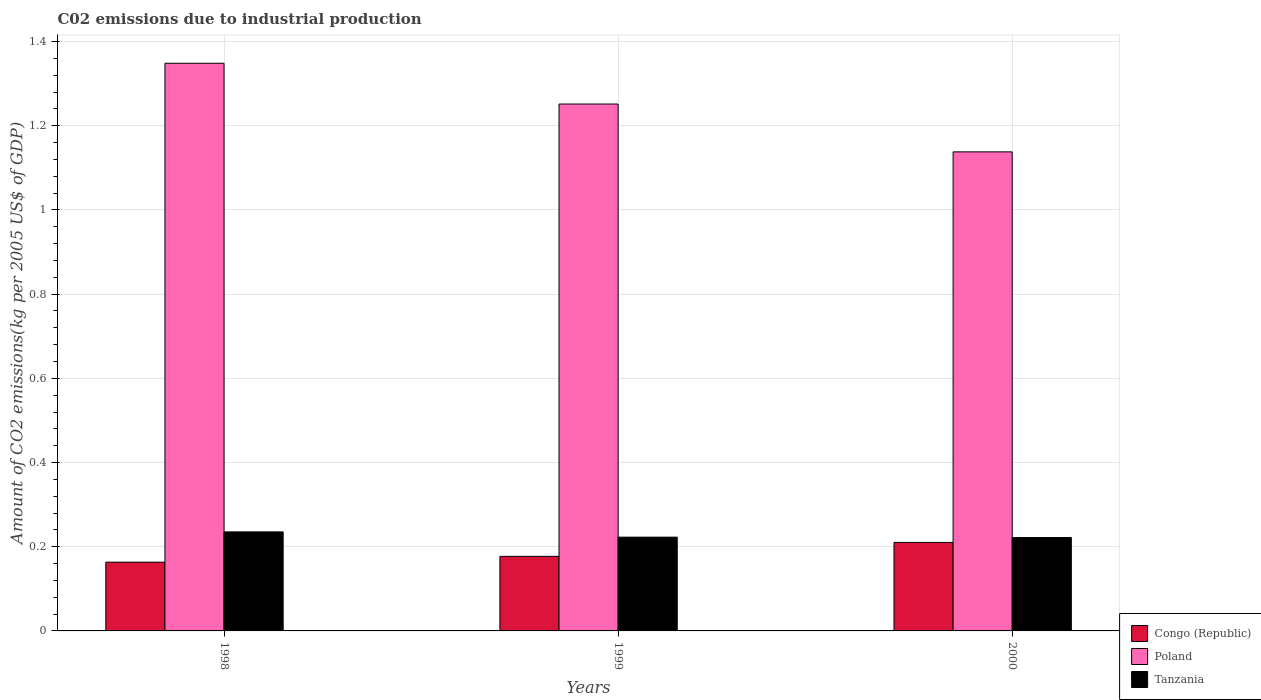
| Years | Congo (Republic) | Poland | Tanzania |
 | --- | --- | --- | --- |
 | 1998 | 0.163 | 1.35 | 0.235 |
 | 1999 | 0.177 | 1.25 | 0.223 |
 | 2000 | 0.21 | 1.14 | 0.222 |